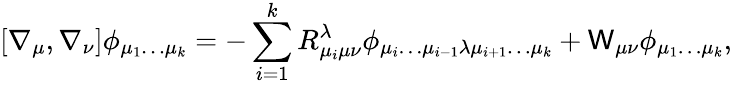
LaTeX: [\nabla_{\mu},\nabla_{\nu}]\phi_{\mu_{1}\dots\mu_{k}}=-\sum_{i=1}^{k}R_{\mu_{i}\mu\nu}^{\lambda}\phi_{\mu_{i}\dots\mu_{i-1}\lambda\mu_{i+1}\dots\mu_{k}}+\mathsf{W}_{\mu\nu}\phi_{\mu_{1}\dots\mu_{k}},